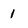
Character: 1